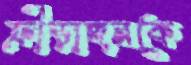
ক্রীড়াঙ্গনকে